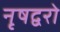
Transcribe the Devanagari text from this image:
नृषद्वरो